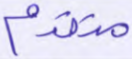
متقدم